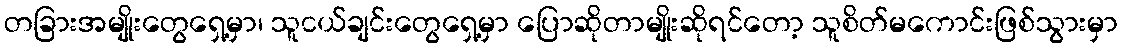
တခြားအမျိုးတွေရှေ့မှာ၊ သူငယ်ချင်းတွေရှေ့မှာ ပြောဆိုတာမျိုးဆိုရင်တော့ သူစိတ်မကောင်းဖြစ်သွားမှာ